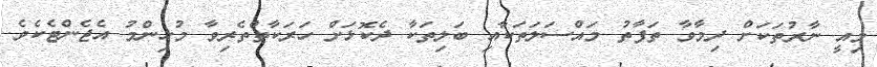
މިއީ ނާރުތަކަށް ދިމާވާ ތަފާތު މައްސަލަތަކާއި ބަލިތަކާ ދެކޮޅަށް ހަރަކާތްތެރިވާ މުހިންމު އެޖެންޓެކެވެ.